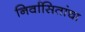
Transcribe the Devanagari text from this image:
निर्वासितांचा